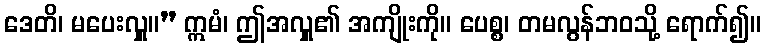
ဒေတိ၊ မပေးလှူ။” ဣမံ၊ ဤအလှူ၏ အကျိုးကို။ ပေစ္စ၊ တမလွန်ဘဝသို့ ရောက်၍။